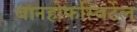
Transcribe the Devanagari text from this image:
बानहोफस्विर्टेल